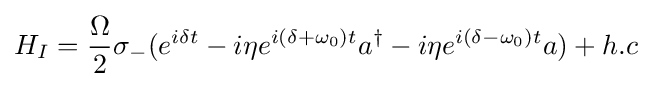
H_{I}={\frac {\Omega }{2}}\sigma _{-}(e^{i\delta t}-i\eta e^{i(\delta +\omega _{0})t}a^{\dagger }-i\eta e^{i(\delta -\omega _{0})t}a)+h.c